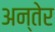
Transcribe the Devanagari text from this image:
अन्तेर